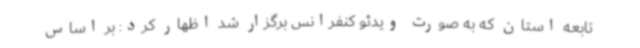
تابعه استان که به صورت ویدئو کنفرانس برگزار شد اظهار کرد: بر اساس